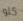
كلو